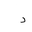
Letter: _dal